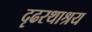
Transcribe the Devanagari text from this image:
दृढरथाश्रय